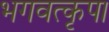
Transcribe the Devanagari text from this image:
भगवत्कृपा